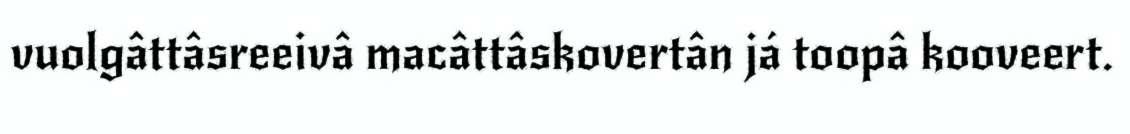
vuolgâttâsreeivâ macâttâskovertân já toopâ kooveert.